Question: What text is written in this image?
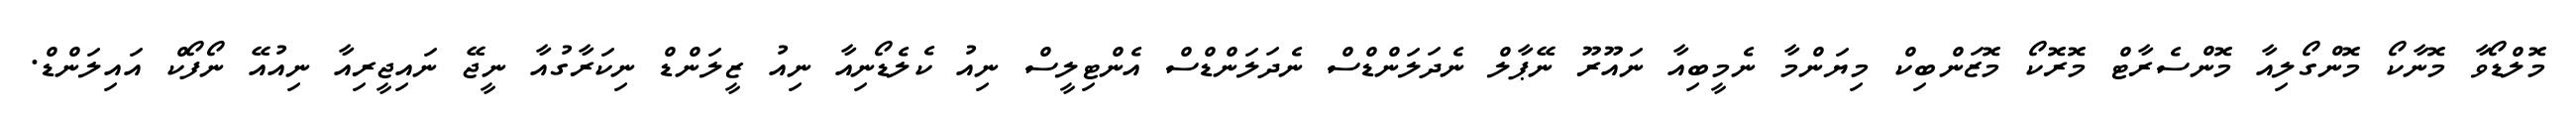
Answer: މޮލްޑޯވާ މޮނާކޯ މޮންގޯލިއާ މޮންސެރާޓް މޮރޮކޯ މޮޒަންބިކް މިޔަންމާ ނެމީބިއާ ނައޫރޫ ނޭޕާލް ނެދަލަންޑްސް ނެދަލަންޑްސް އެންޓިލީސް ނިއު ކެލެޑޯނިއާ ނިއު ޒީލަންޑް ނިކަރާގުއާ ނީޖޭ ނައިޖީރިއާ ނިއުއޭ ނޯފޯކް އައިލަންޑް.